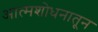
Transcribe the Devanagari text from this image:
आत्मशोधनातून